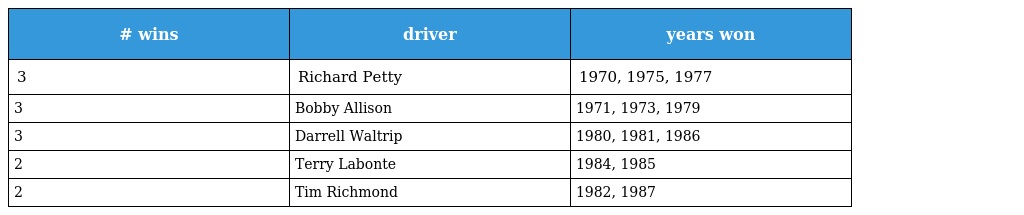
| # wins | driver | years won |
 | --- | --- | --- |
 | 3 | Richard Petty | 1970, 1975, 1977 |
 | 3 | Bobby Allison | 1971, 1973, 1979 |
 | 3 | Darrell Waltrip | 1980, 1981, 1986 |
 | 2 | Terry Labonte | 1984, 1985 |
 | 2 | Tim Richmond | 1982, 1987 |